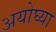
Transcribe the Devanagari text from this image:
अयोघ्या